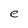
Character: e